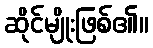
ဆိုင်မျိုးဖြစ်၏။